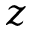
z